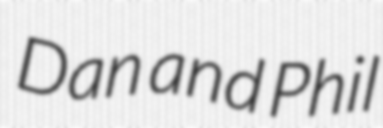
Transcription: Dan and Phil